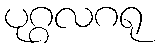
ပုဂ္ဂလဂရု